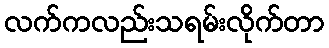
လက်ကလည်းသရမ်းလိုက်တာ